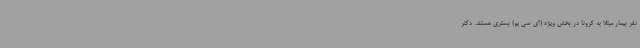
نفر بیمار مبتلا به کرونا در بخش ویژه (آی سی یو) بستری هستند. دکتر